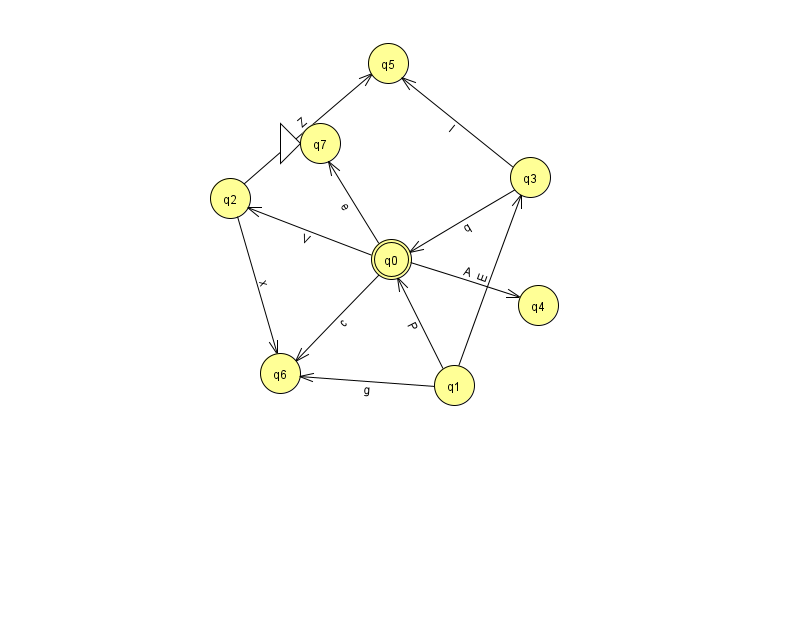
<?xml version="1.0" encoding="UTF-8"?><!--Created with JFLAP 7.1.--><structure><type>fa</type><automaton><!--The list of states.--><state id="0" name="q0"><x>391.0</x><y>246.0</y><final/></state><state id="1" name="q1"><x>454.0</x><y>372.0</y></state><state id="2" name="q2"><x>230.0</x><y>185.0</y></state><state id="3" name="q3"><x>530.0</x><y>164.0</y></state><state id="4" name="q4"><x>538.0</x><y>292.0</y></state><state id="5" name="q5"><x>388.0</x><y>50.0</y></state><state id="6" name="q6"><x>280.0</x><y>360.0</y></state><state id="7" name="q7"><x>320.0</x><y>130.0</y><initial/></state><!--The list of transitions.--><transition><from>0</from><to>6</to><read>c</read></transition><transition><from>1</from><to>6</to><read>g</read></transition><transition><from>2</from><to>6</to><read>x</read></transition><transition><from>3</from><to>0</to><read>q</read></transition><transition><from>1</from><to>0</to><read>P</read></transition><transition><from>1</from><to>3</to><read>E</read></transition><transition><from>3</from><to>5</to><read>l</read></transition><transition><from>0</from><to>4</to><read>A</read></transition><transition><from>2</from><to>5</to><read>Z</read></transition><transition><from>0</from><to>7</to><read>e</read></transition><transition><from>0</from><to>2</to><read>V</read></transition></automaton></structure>